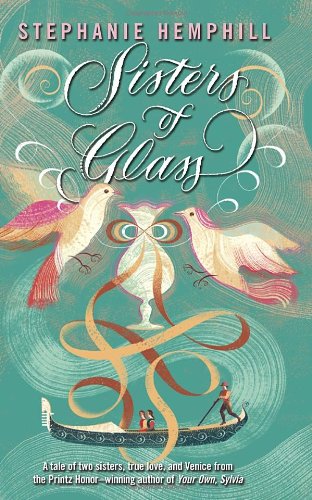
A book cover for Sisters of Glass; Stephanie Hemphill; Teen & Young Adult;